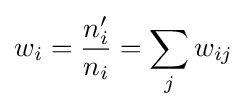
w_{i}={\frac {n'_{i}}{n_{i}}}=\sum _{j}w_{ij}